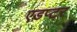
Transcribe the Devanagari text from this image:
एडप्टर